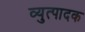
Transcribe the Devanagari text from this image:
व्युत्पादक